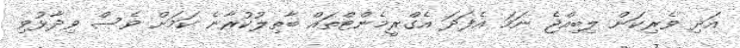
އަދި ވެރިކަން ލިބިއްޖެ ނަމަ އެފަދަ އެގްރީމެންޓްތައް ބާތިލުކުރާނެ ކަމަށް ވެސް ވިދާޅުވި